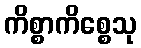
ကိစ္စာကိစ္စေသု